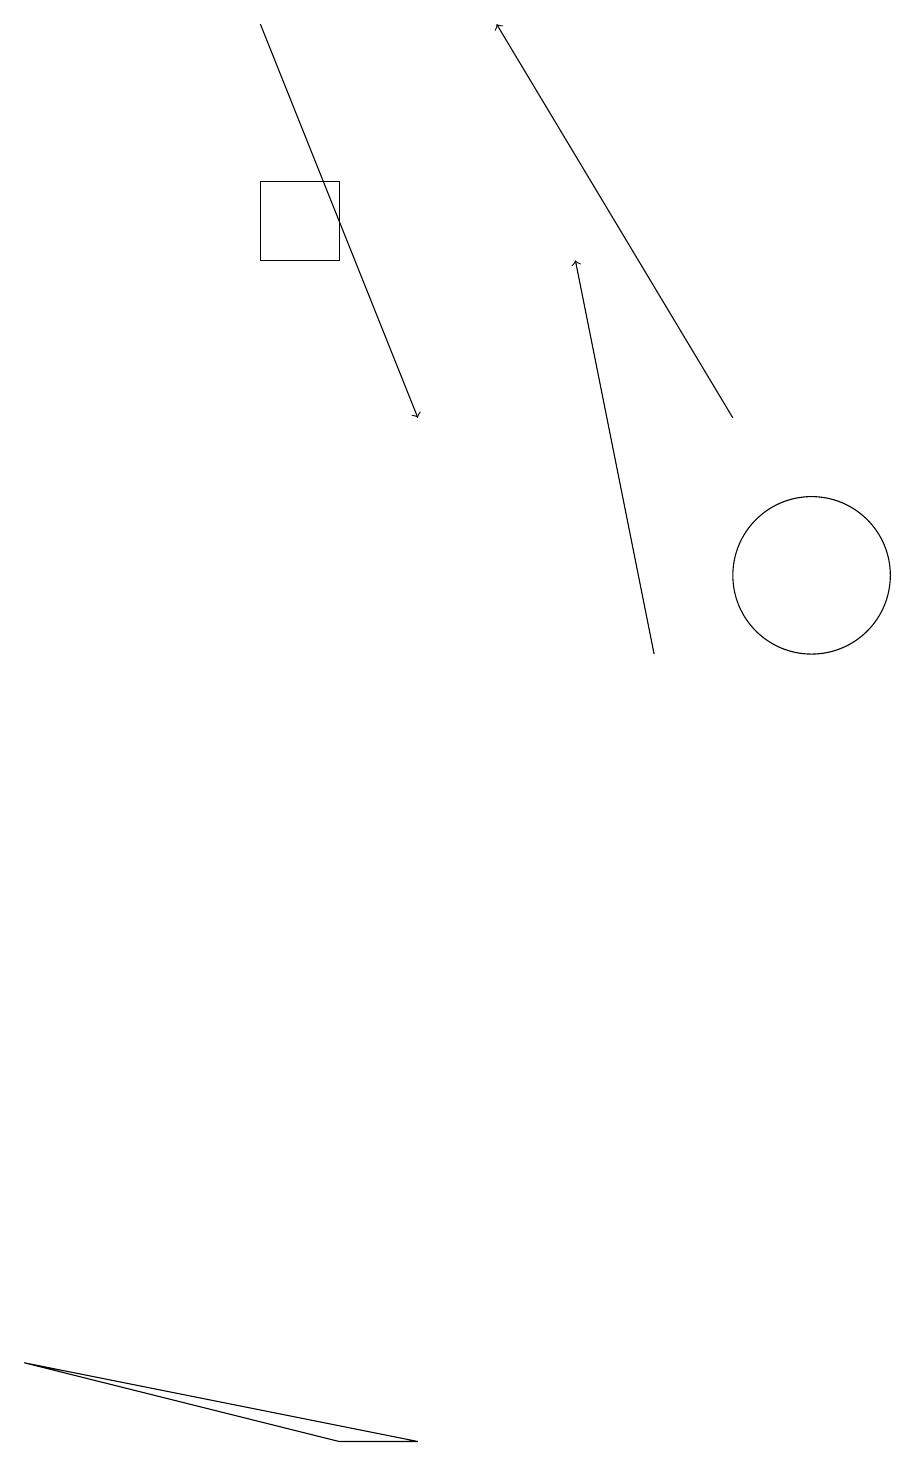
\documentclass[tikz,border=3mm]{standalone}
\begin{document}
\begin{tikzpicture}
\draw (10,11) circle (1);
\draw[->] (8,10) -- (7,15);
\draw (5,0) -- (0,1) -- (4,0) -- cycle;
\draw (4,16) rectangle (3,15);
\draw[->] (3,18) -- (5,13);
\draw[->] (9,13) -- (6,18);
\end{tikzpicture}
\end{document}